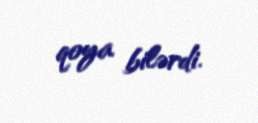
qoya bilərdi.